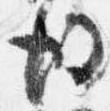
後